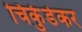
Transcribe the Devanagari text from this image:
चिर्कुडेकर